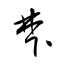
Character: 梺